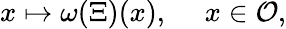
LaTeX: x\mapsto\omega(\Xi)(x),\quad\ x\in{\cal\mathcal{O}},